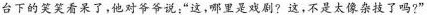
台下的笑笑看呆了，他对爷爷说；”这，哪里是戏剧?这，不是太像杂技了吗?”